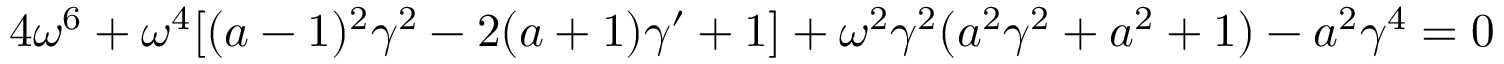
4 \omega ^ { 6 } + \omega ^ { 4 } [ ( a - 1 ) ^ { 2 } \gamma ^ { 2 } - 2 ( a + 1 ) \gamma ^ { \prime } + 1 ] + \omega ^ { 2 } \gamma ^ { 2 } ( a ^ { 2 } \gamma ^ { 2 } + a ^ { 2 } + 1 ) - a ^ { 2 } \gamma ^ { 4 } = 0